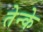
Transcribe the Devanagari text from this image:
तेन्के